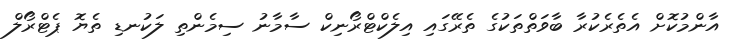
އާންމުކޮށް އެތެރެކުރާ ބާވަތްތަކުގެ ތެރޭގައި އިލެކްޓްރޯނިކް ސާމާނު ސިމެންތި ލަކުނޑި ތެޔޮ ޕެޓްރޯލް